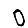
Digit: 0